Report of the Municipal Commissioner on the plague in Bombay for the year ending 31st May... - Volume 2
Disease focus: Plague
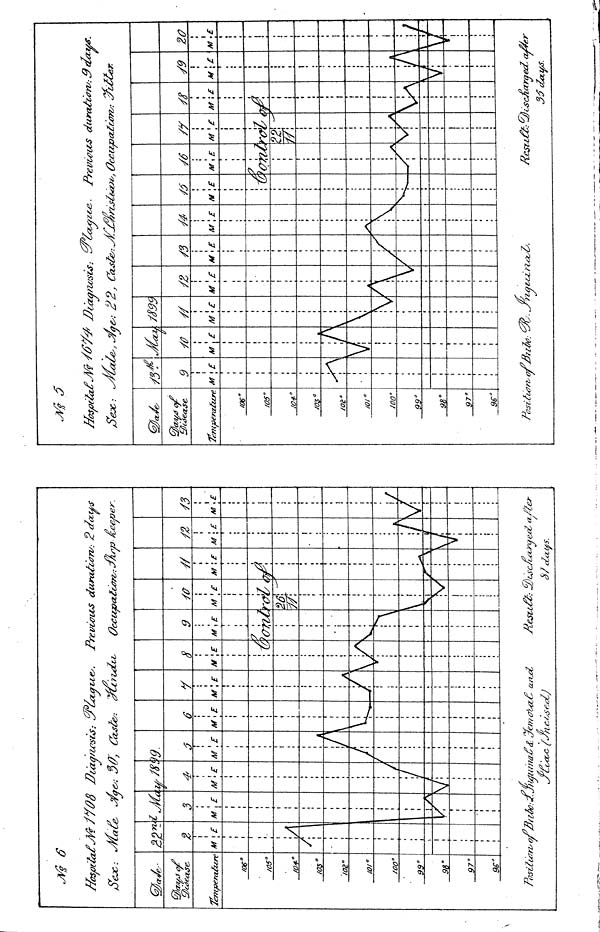
flasf6ta£MJY08 Dca
$ ex,: Jria^e- Jyae^: 3t
j
Temperature
/06°t
os°/
O4-°/
OS"
JOB"
/Of
/00°9
9°9
8°9
7°9
S°M
/
z
\£
'A
i
M
t
SB
!
i
V (
7
rivt
3
\E
A
M
)
—I
V:
j
JflO
I
1
L-C*
'attests: .
M
/
!
\E
A
/
M
6
<Sdc
7
-eta
>
M
-J
Y
\E
A
/
Prevcotos duration': 2 dai^s
'*> Occupation/: jAnp- £ee^?er.
8
Af
\/
V
9
M
7
\E
1
Jiesu
•/a
M ' £
i
i
i
!
VI
V
!
.4->4s: o-6- «
c
//
use/
1
1
',£
\
\
j
\\\
V;
1
i
i
\E
t
!
/
J3
M >£
i
/
fter
Tempera/zire
/06°/
OS"
/04-°/
OS 0
m ,
101"
/D0°9
9°9
8°9
7°9
6°'
£*
M
9
I
1
M
t
i
i
i
V
\E
h
i
i
r
i
I
' Diagnosis:
//
M
\
\
\
A
M
A
i
:
\
\
S3
M
/
.out
M
I
\£
\
Previeios duration/: 3 da
V
\E M
7
?^£
/Y
M
Z2
7T
£
A
RCSZ.I&: C 3
M
\
\£
M
•
V
J
1
\£
A
usc&arqed. cu
3$days.
20
M
•
, .... 4
\ v
V
£
1
J
f